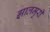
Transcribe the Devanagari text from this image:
झालमुरी